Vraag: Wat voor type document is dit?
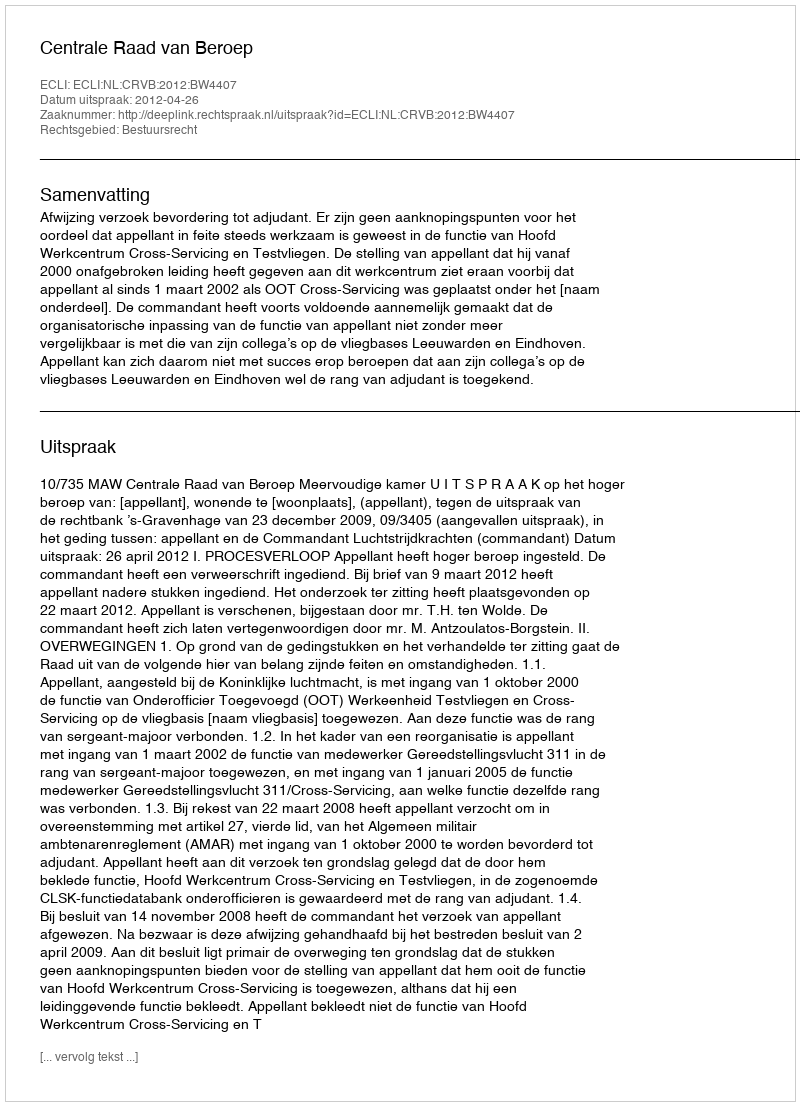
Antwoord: Uitspraak